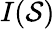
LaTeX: I(\mathcal{S})